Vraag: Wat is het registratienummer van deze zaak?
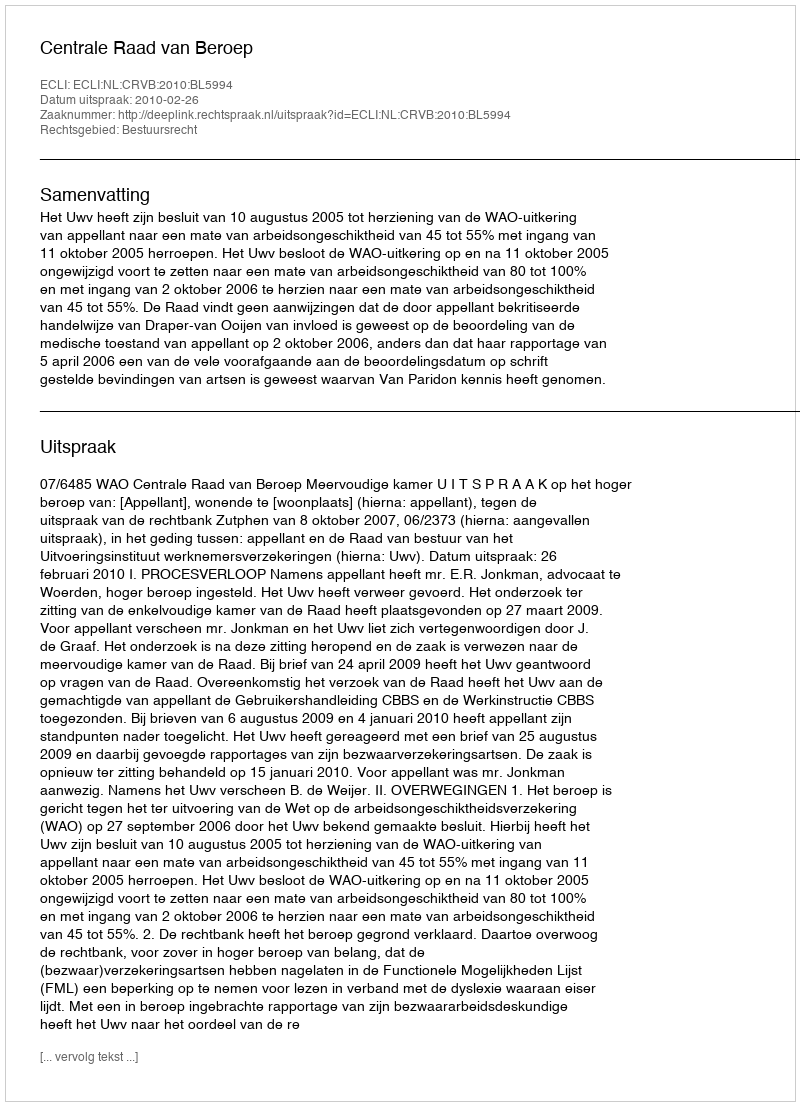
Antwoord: http://deeplink.rechtspraak.nl/uitspraak?id=ECLI:NL:CRVB:2010:BL5994